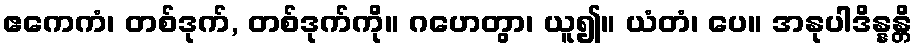
ဧကေကံ၊ တစ်ဒုက်, တစ်ဒုက်ကို။ ဂဟေတွာ၊ ယူ၍။ ယံတံ၊ ပေ။ အနုပါဒိန္နန္တိ